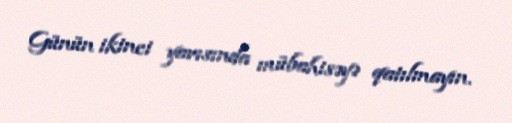
Günün ikinci yarısında mübahisəyə qatılmayın.